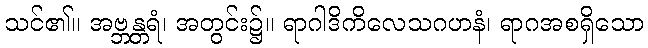
သင်၏။ အဗ္ဘန္တရံ၊ အတွင်း၌။ ရာဂါဒိကိလေသဂဟနံ၊ ရာဂအစရှိသော